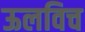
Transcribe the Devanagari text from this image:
ऊलविच